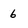
Character: 6